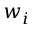
w _ { i }